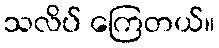
သလိပ် ကြေတယ်။